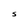
Character: S